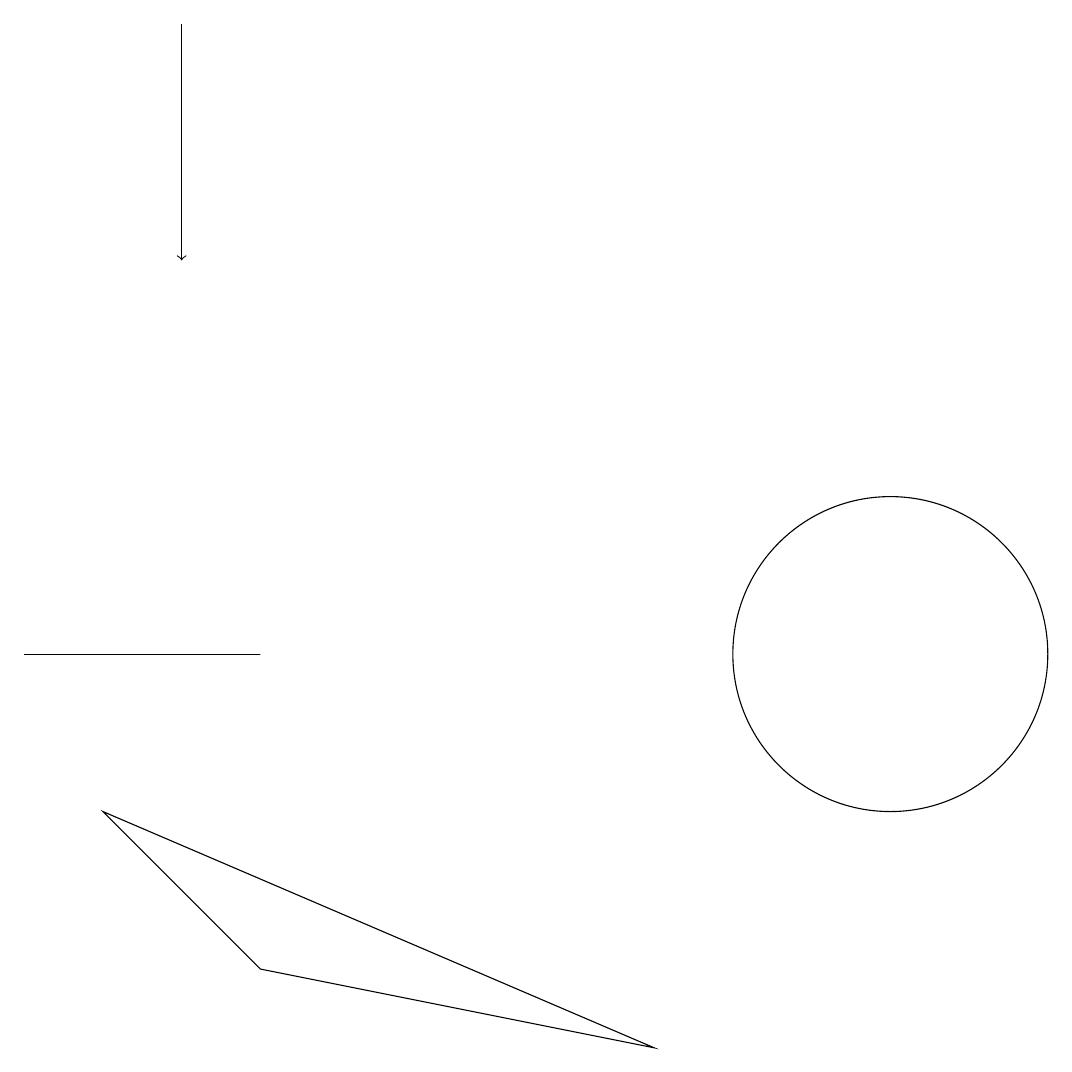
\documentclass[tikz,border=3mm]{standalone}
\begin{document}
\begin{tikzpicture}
\draw (2,9) -- (9,6) -- (4,7) -- cycle;
\draw[->] (3,19) -- (3,16);
\draw (12,11) circle (2);
\draw (4,11) rectangle (1,11);
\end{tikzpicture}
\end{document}